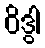
ဝိဒွါ